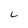
Character: C